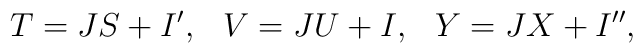
T=JS+I',\hspace{3mm}V=JU+I,\hspace{3mm}Y=JX+I'',